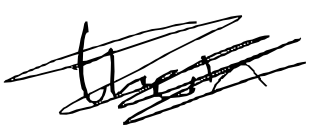
Text: their
Cross-out: scratch
Writing tool: digital_black